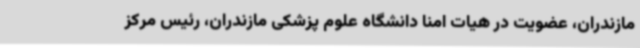
مازندران، عضویت در هیات امنا دانشگاه علوم پزشکی مازندران، رئیس مرکز